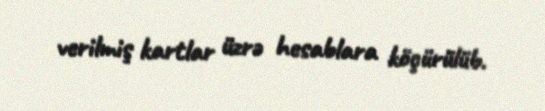
verilmiş kartlar üzrə hesablara köçürülüb.